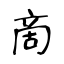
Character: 啇